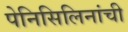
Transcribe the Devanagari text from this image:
पेनिसिलिनांची